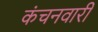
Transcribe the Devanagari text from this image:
कंचनवारी